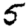
Digit: 5